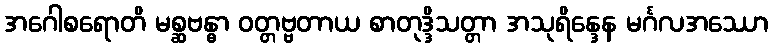
အဂေါစရောတိ မစ္ဆဗန္ဓာ ဝတ္တဗ္ဗတာယ စာတုဒ္ဒိသတ္တာ အသုရိန္ဒေန မင်္ဂလအဿော